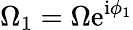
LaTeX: \Omega_{1}=\Omega\mathrm{e}^{\mathrm{i}\phi_{1}}